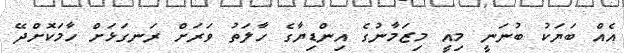
އެއް ބަޔަކު ބުނަނީ މިއީ މިޒަމާނުގެ އިންޑިޔާގެ ހާލަތު ވަރަށް ރަނގަޅަށް ހާމަކޮށްދޭ